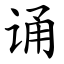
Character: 诵